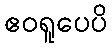
ဧဝရူပေပိ